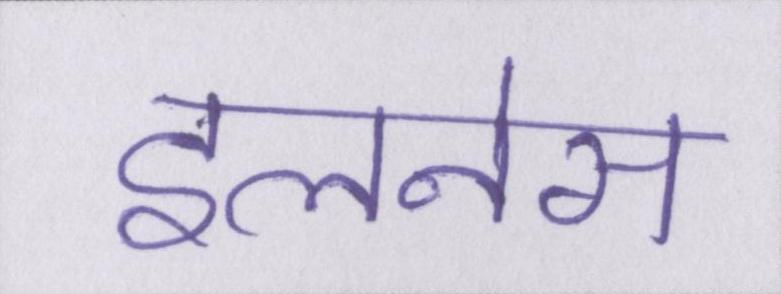
इलनेस